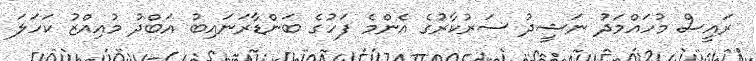
ރައީސް މުހައްމަދު ނަޝީދު ސަރުކާރުގެ އެންމެ ފަހުގެ ބަންޑާރަނައިބު އަބްދު މުއިއްޒު ކަހަލަ